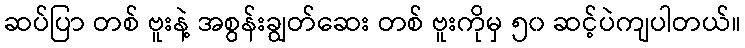
ဆပ်ပြာ တစ် ဗူးနဲ့ အစွန်းချွတ်ဆေး တစ် ဗူးကိုမှ ၅၀ ဆင့်ပဲကျပါတယ်။